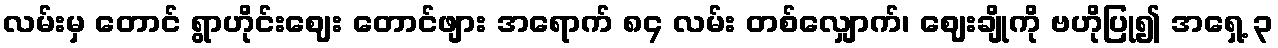
လမ်းမှ တောင် ရွာဟိုင်းဈေး တောင်ဖျား အရောက် ၈၄ လမ်း တစ်လျှောက်၊ ဈေးချိုကို ဗဟိုပြု၍ အရှေ့ ၃